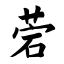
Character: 菪